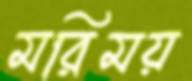
মরিময়